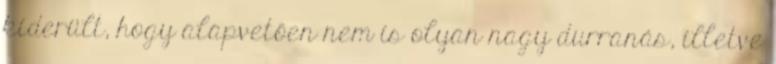
kiderült, hogy alapvetően nem is olyan nagy durranás, illetve